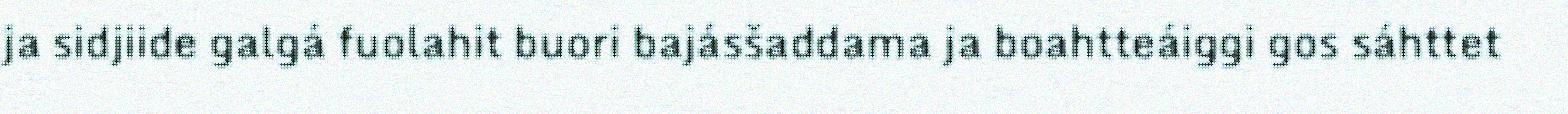
ja sidjiide galgá fuolahit buori bajásšaddama ja boahtteáiggi gos sáhttet